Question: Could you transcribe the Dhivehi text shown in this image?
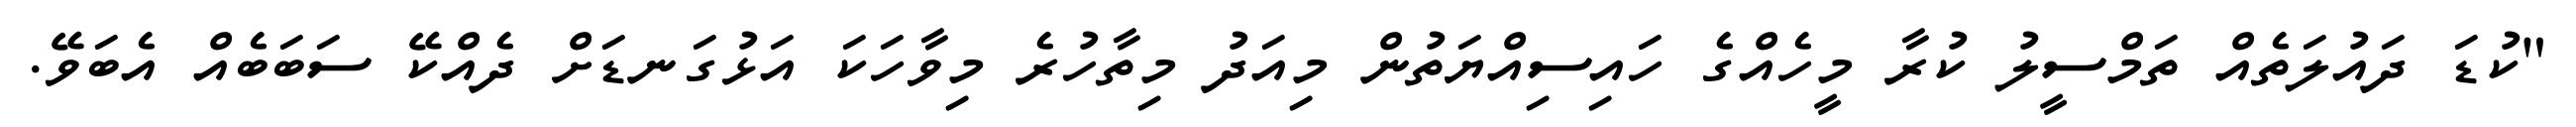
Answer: "ކުޑަ ދައުލަތެއް ތަމްސީލު ކުރާ މީހެއްގެ ހައިސިއްޔަތުން މިއަދު މިތާހުރެ މިވާހަކަ އަޅުގަނޑަށް ދެއްކޭ ސަބަބެއް އެބަވޭ.